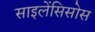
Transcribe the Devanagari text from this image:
साइलेंसिसोस